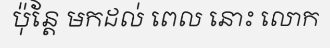
ប៉ុន្តែ មកដល់ ពេល នោះ លោក